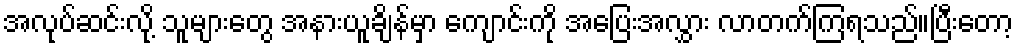
အလုပ်ဆင်းလို့ သူများတွေ အနားယူချိန်မှာ ကျောင်းကို အပြေးအလွှား လာတက်ကြရသည်။ပြီးတော့